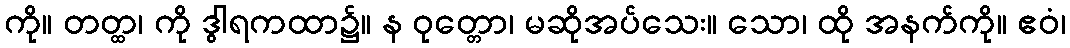
ကို။ တတ္ထ၊ ကို ဒွါရကထာ၌။ န ဝုတ္တော၊ မဆိုအပ်သေး။ သော၊ ထို အနက်ကို။ ဧဝံ၊